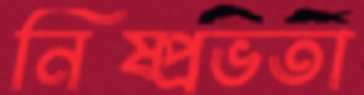
নিষ্প্রভতা